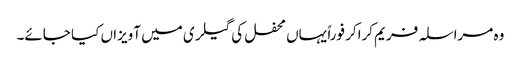
وہ مراسلہ فریم کراکر فوراً یہاں محفل کی گیلری میں آویزاں کیا جائے۔